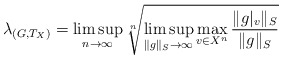
\begin{align*}\lambda_{(G,T_X)}=\limsup_{n\rightarrow \infty}\sqrt[n]{\limsup_{\|g\|_S\rightarrow \infty} \max_{v\in X^n}\frac{\|g|_v\|_S}{\|g\|_S}}\end{align*}